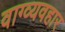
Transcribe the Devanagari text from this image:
वाग्व्यवहार